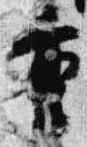
重